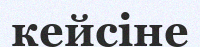
кейсіне